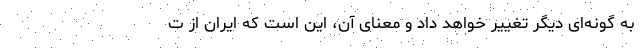
به گونه‌ای دیگر تغییر خواهد داد و معنای آن، این است که ایران از ت